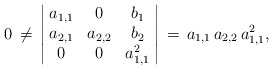
\begin{align*}0\,\neq\,\left\vert\!\begin{array}{ccc}a_{1,1} & 0 & b_1\\a_{2,1} & a_{2,2} & b_2\\0 & 0 & a_{1,1}^2\end{array}\!\right\vert\,=\,a_{1,1}\,a_{2,2}\,a_{1,1}^2,\end{align*}